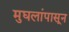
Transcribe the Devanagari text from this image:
मुघलांपासून